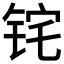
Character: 𬭈